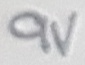
Text: 9V